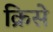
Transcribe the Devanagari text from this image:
क्रिसे